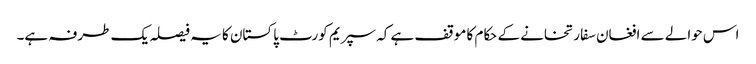
اس حوالے سے افغان سفارتخانے کے حکام کا موقف ہے کہ سپریم کورٹ پاکستان کا یہ فیصلہ یک طرفہ ہے۔